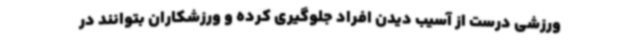
ورزشی درست از آسیب دیدن افراد جلوگیری کرده و ورزشکاران بتوانند در